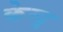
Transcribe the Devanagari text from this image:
केन्द्र्